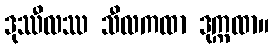
ဒုဿီလဿ သီလကထာ ဒုက္ကထာ။